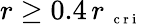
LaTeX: r\ge 0.4\, r_{\mathrm{~\scriptsize~c~r~i~}}